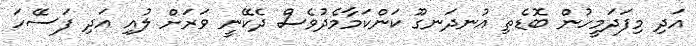
އަދި މިފަދަމީހުން ބޮޑެތި އުނދަނގޫ ކަންކަމާމެދުވެސް ދެކޭނީ ވަރަށް ލުއި އަދި ފަސޭހަ